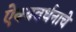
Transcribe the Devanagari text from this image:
ऐक्यवर्धनाचे